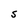
Character: S